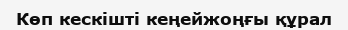
Көп кескішті кеңейжоңғы құрал